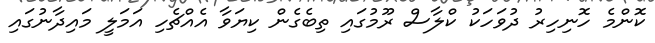
ކޮންމެ ހޮނިހިރު ދުވަހަކު ކްލާސް ރޫމުގައި ތިބެގެން ކިޔަވާ އެއްޗެހި އަމަލީ މައިދާނުގައި